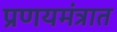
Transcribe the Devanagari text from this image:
प्रणयमंत्रात